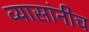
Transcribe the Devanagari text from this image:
व्यासांनीच